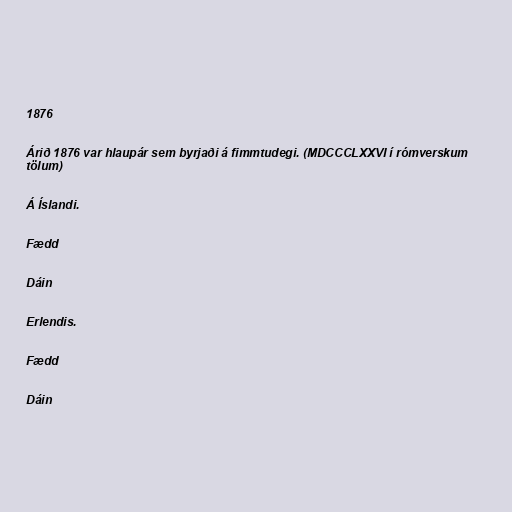
1876

Árið 1876 var hlaupár sem byrjaði á fimmtudegi. (MDCCCLXXVI í rómverskum
tölum)

Á Íslandi.

Fædd

Dáin

Erlendis.

Fædd

Dáin